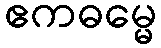
ဧကဓမ္မေ